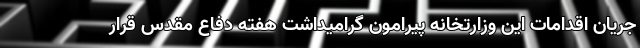
جریان اقدامات این وزارتخانه پیرامون گرامیداشت هفته دفاع مقدس قرار